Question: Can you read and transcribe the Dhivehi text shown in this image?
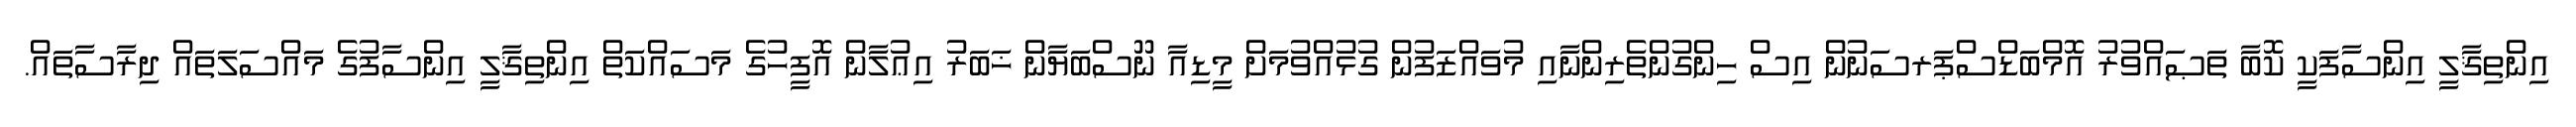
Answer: އިންތިޤާލީ އިންސާފަކީ ކޮބާ ތަޞައްވުރު އޮމްބަޑްސްޕަރސަނުން އިސް ހިންގުންތެރިންނާއި މުވައްޒަފުން ގުޅުއްވުމަށް މީޑިއާ ނޫސްބަޔާން ޚަބަރު އިޢުލާން އޮފީހުގެ މަސައްކަތް އިންތިޤާލީ އިންސާފުގެ މައްސަލަތައް ދިރާސާތައް.